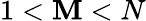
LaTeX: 1<\mathbf{M}<N